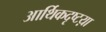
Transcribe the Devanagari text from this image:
आर्थिकदृष्टय़ा